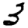
Digit: 3